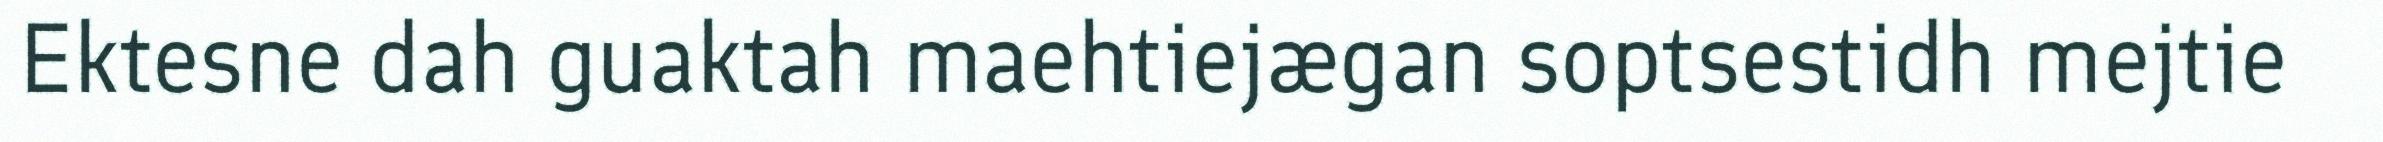
Ektesne dah guaktah maehtiejægan soptsestidh mejtie